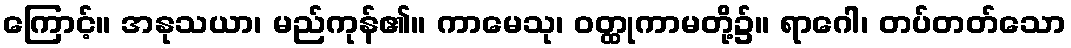
ကြောင့်။ အနုသယာ၊ မည်ကုန်၏။ ကာမေသု၊ ဝတ္ထုကာမတို့၌။ ရာဂေါ၊ တပ်တတ်သော